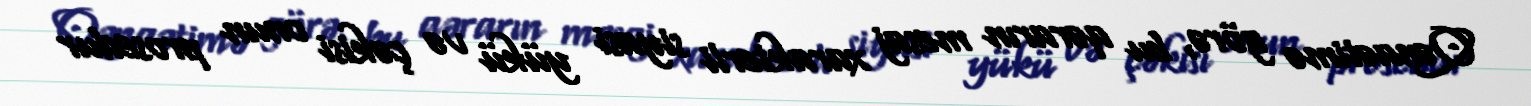
Qənaətimə görə, bu qərarın mesaj xarakterli siyasi yükü və çəkisi onun prosedur